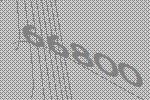
66800